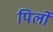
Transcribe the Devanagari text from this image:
पिर्लो